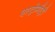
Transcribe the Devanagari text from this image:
एस्ट्रोमीट्री